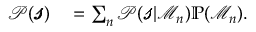
\begin{array} { r l } { \mathscr { P } ( \pmb { \mathscr { s } } ) } & { { } = \sum _ { n } \mathscr { P } ( \pmb { \mathscr { s } } | \mathcal { M } _ { n } ) \mathbb { P } ( \mathcal { M } _ { n } ) . } \end{array}